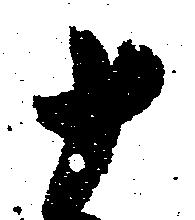
十